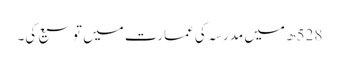
528ھ میں مدرسہ کی عمارت میں توسیع کی۔